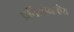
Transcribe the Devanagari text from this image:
प्रतिलोमनीय